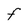
Character: F